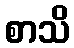
စာသိ